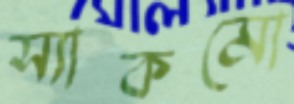
স্যাকমো